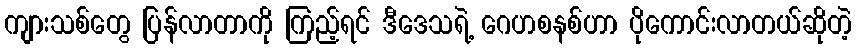
ကျားသစ်တွေ ပြန်လာတာကို ကြည့်ရင် ဒီဒေသရဲ့ ဂေဟစနစ်ဟာ ပိုကောင်းလာတယ်ဆိုတဲ့